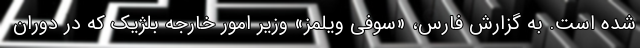
شده است. به گزارش فارس، «سوفی ویلمز» وزیر امور خارجه بلژیک که در دوران